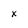
Character: x